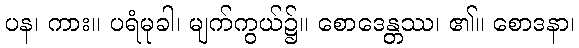
ပန၊ ကား။ ပရံမုခါ၊ မျက်ကွယ်၌။ စောဒေန္တဿ၊ ၏။ စောဒနာ၊